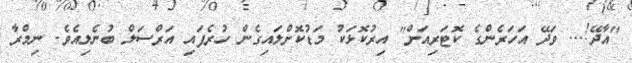
"އާދޭ!... ވަދޭ އަހަރެންގެ ކޮޓަރިއަށް" އިރުކޮޅަކު މަޑުކޮށްލައިގެން ހުރެފައި އަރްސަލް ބުނެލިއެވެ. ނިމްރާ